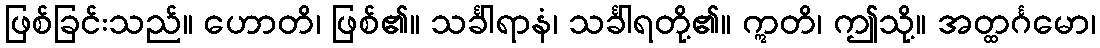
ဖြစ်ခြင်းသည်။ ဟောတိ၊ ဖြစ်၏။ သင်္ခါရာနံ၊ သင်္ခါရတို့၏။ ဣတိ၊ ဤသို့။ အတ္ထင်္ဂမော၊